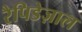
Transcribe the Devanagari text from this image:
रैपिडेज़ाल